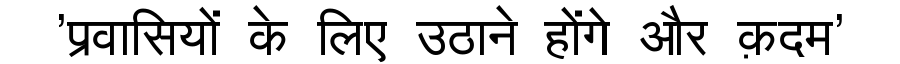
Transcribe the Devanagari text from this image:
'प्रवासियों के लिए उठाने होंगे और क़दम'